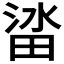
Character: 𱰷